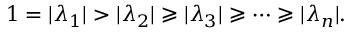
1 = | \lambda _ { 1 } | > | \lambda _ { 2 } | \geqslant | \lambda _ { 3 } | \geqslant \cdots \geqslant | \lambda _ { n } | .